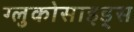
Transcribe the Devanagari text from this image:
ग्लुकोसाइड्‌स